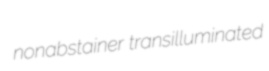
nonabstainer transilluminated